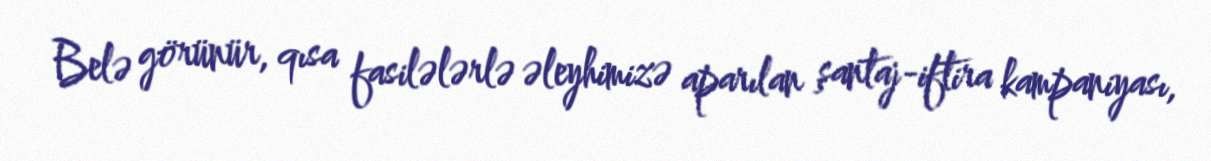
Belə görünür, qısa fasilələrlə əleyhimizə aparılan şantaj-iftira kampaniyası,